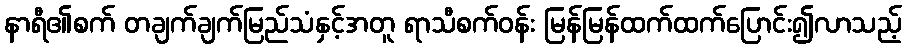
နာရီ၏စက် တချက်ချက်မြည်သံနှင့်အတူ ရာသီစက်ဝန်း မြန်မြန်ထက်ထက်ပြောင်း၍လာသည့်